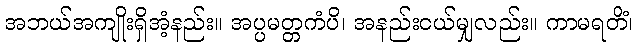
အဘယ်အကျိုးရှိအံ့နည်း။ အပ္ပမတ္တကံပိ၊ အနည်းငယ်မျှလည်း။ ကာမရတိံ၊